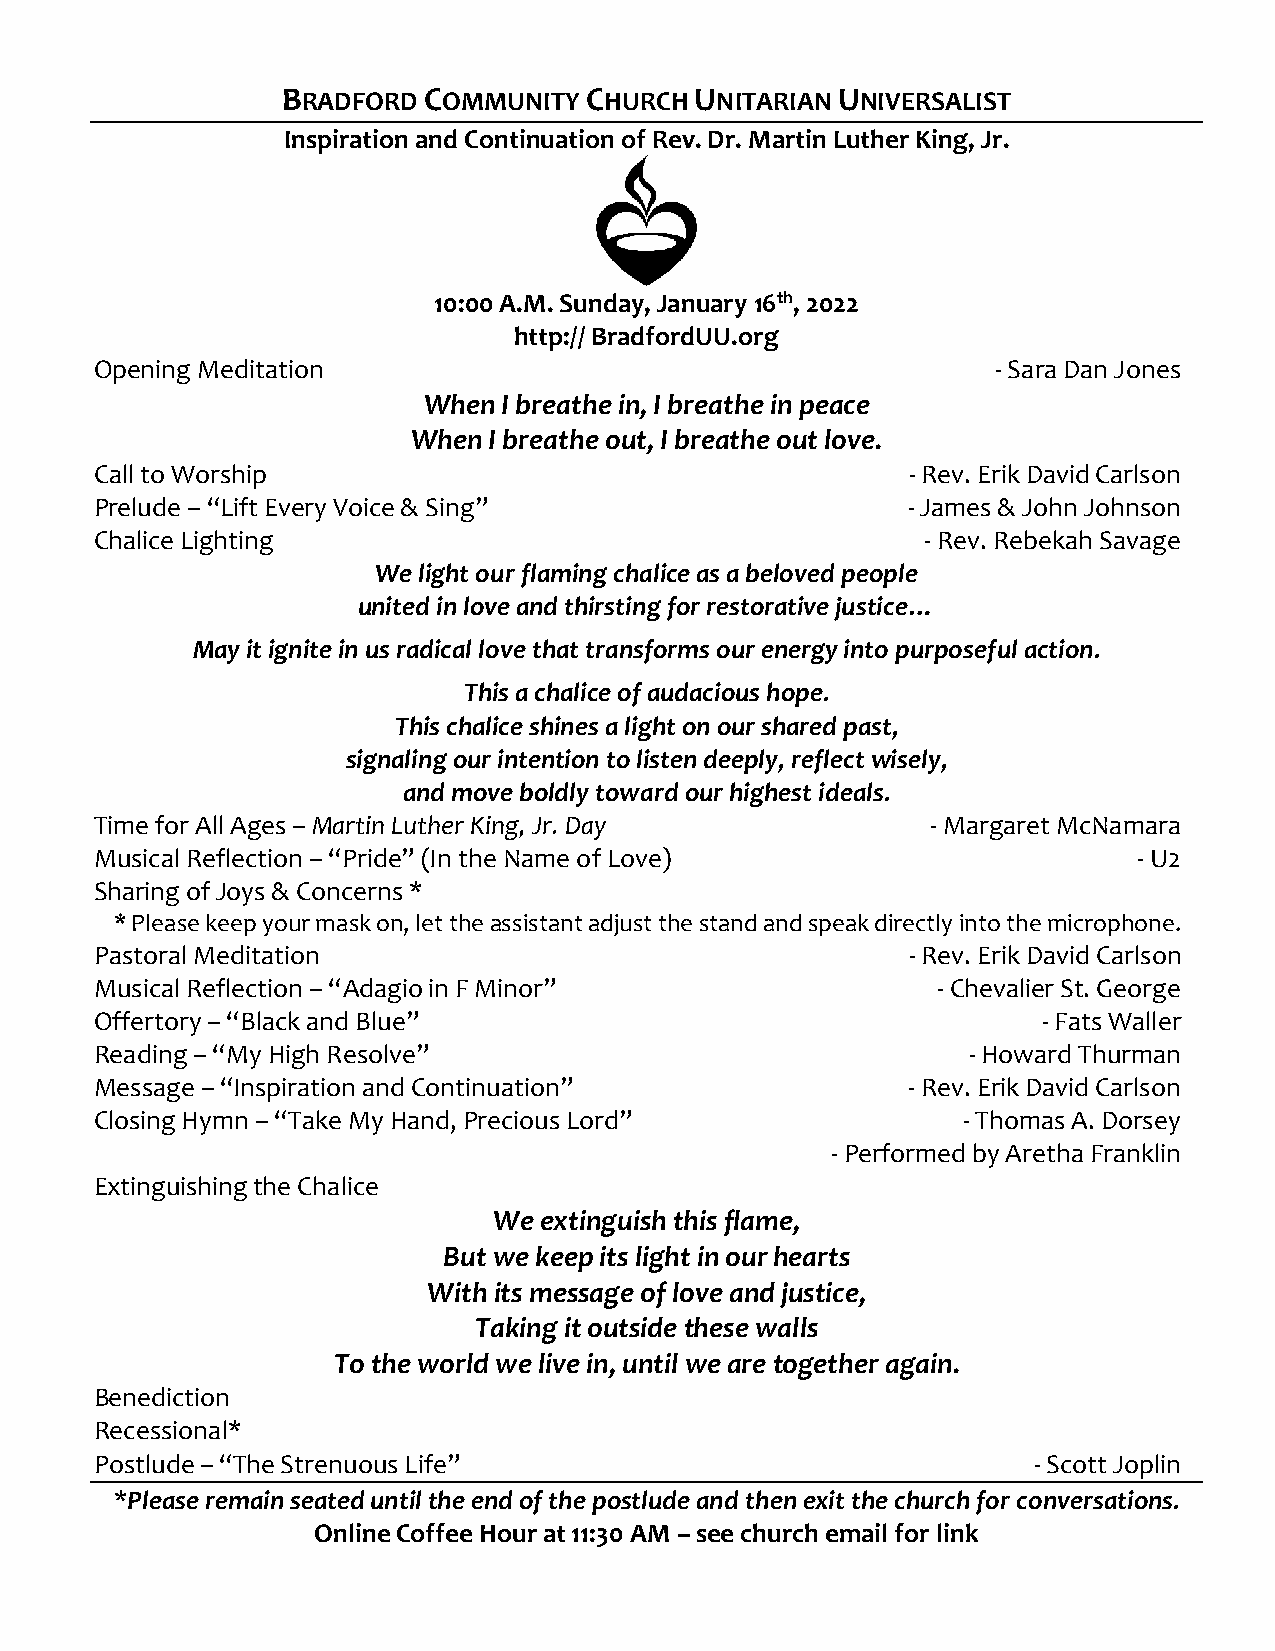
BRADFORD COMMUNITY  CHURCH UNITARIAN UNIVERSALIST
 Inspiration and Continuation of Rev. Dr. Martin Luther King, Jr.
 10:00 A.M. Sunday, January 16th, 2022
 http:// BradfordUU.org
 Opening Meditation                                          - Sara Dan Jones
 When I breathe in, I breathe in peace
 When I breathe out, I breathe out love.
 Call to Worship                                       - Rev. Erik David Carlson
 Prelude – “Lift Every Voice & Sing”                   - James & John Johnson
 Chalice Lighting                                       - Rev. Rebekah Savage
 We light our flaming chalice as a beloved people
 united in love and thirsting for restorative justice…
 May it ignite in us radical love that transforms our energy into purposeful action.
 This a chalice of audacious hope.
 This chalice shines a light on our shared past,
 signaling our intention to listen deeply, reflect wisely,
 and move boldly toward our highest ideals.
 Time for All Ages – Martin Luther King, Jr. Day         - Margaret McNamara
 Musical Reflection – “Pride” (In the Name of Love)                   - U2
 Sharing of Joys & Concerns *
 * Please keep your mask on, let the assistant adjust the stand and speak directly into the microphone.
 Pastoral Meditation                                   - Rev. Erik David Carlson
 Musical Reflection – “Adagio in F Minor”                - Chevalier St. George
 Offertory – “Black and Blue”                                   - Fats Waller
 Reading – “My High Resolve”                               - Howard Thurman
 Message – “Inspiration and Continuation”              - Rev. Erik David Carlson
 Closing Hymn – “Take My Hand, Precious Lord”              - Thomas A. Dorsey
 - Performed by Aretha Franklin
 Extinguishing the Chalice
 We extinguish this flame,
 But we keep its light in our hearts
 With its message of love and justice,
 Taking it outside these walls
 To the world we live in, until we are together again.
 Benediction
 Recessional*
 Postlude – “The Strenuous Life”                               - Scott Joplin
 *Please remain seated until the end of the postlude and then exit the church for conversations.
 Online Coffee Hour at 11:30 AM – see church email for link